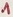
Text: 1